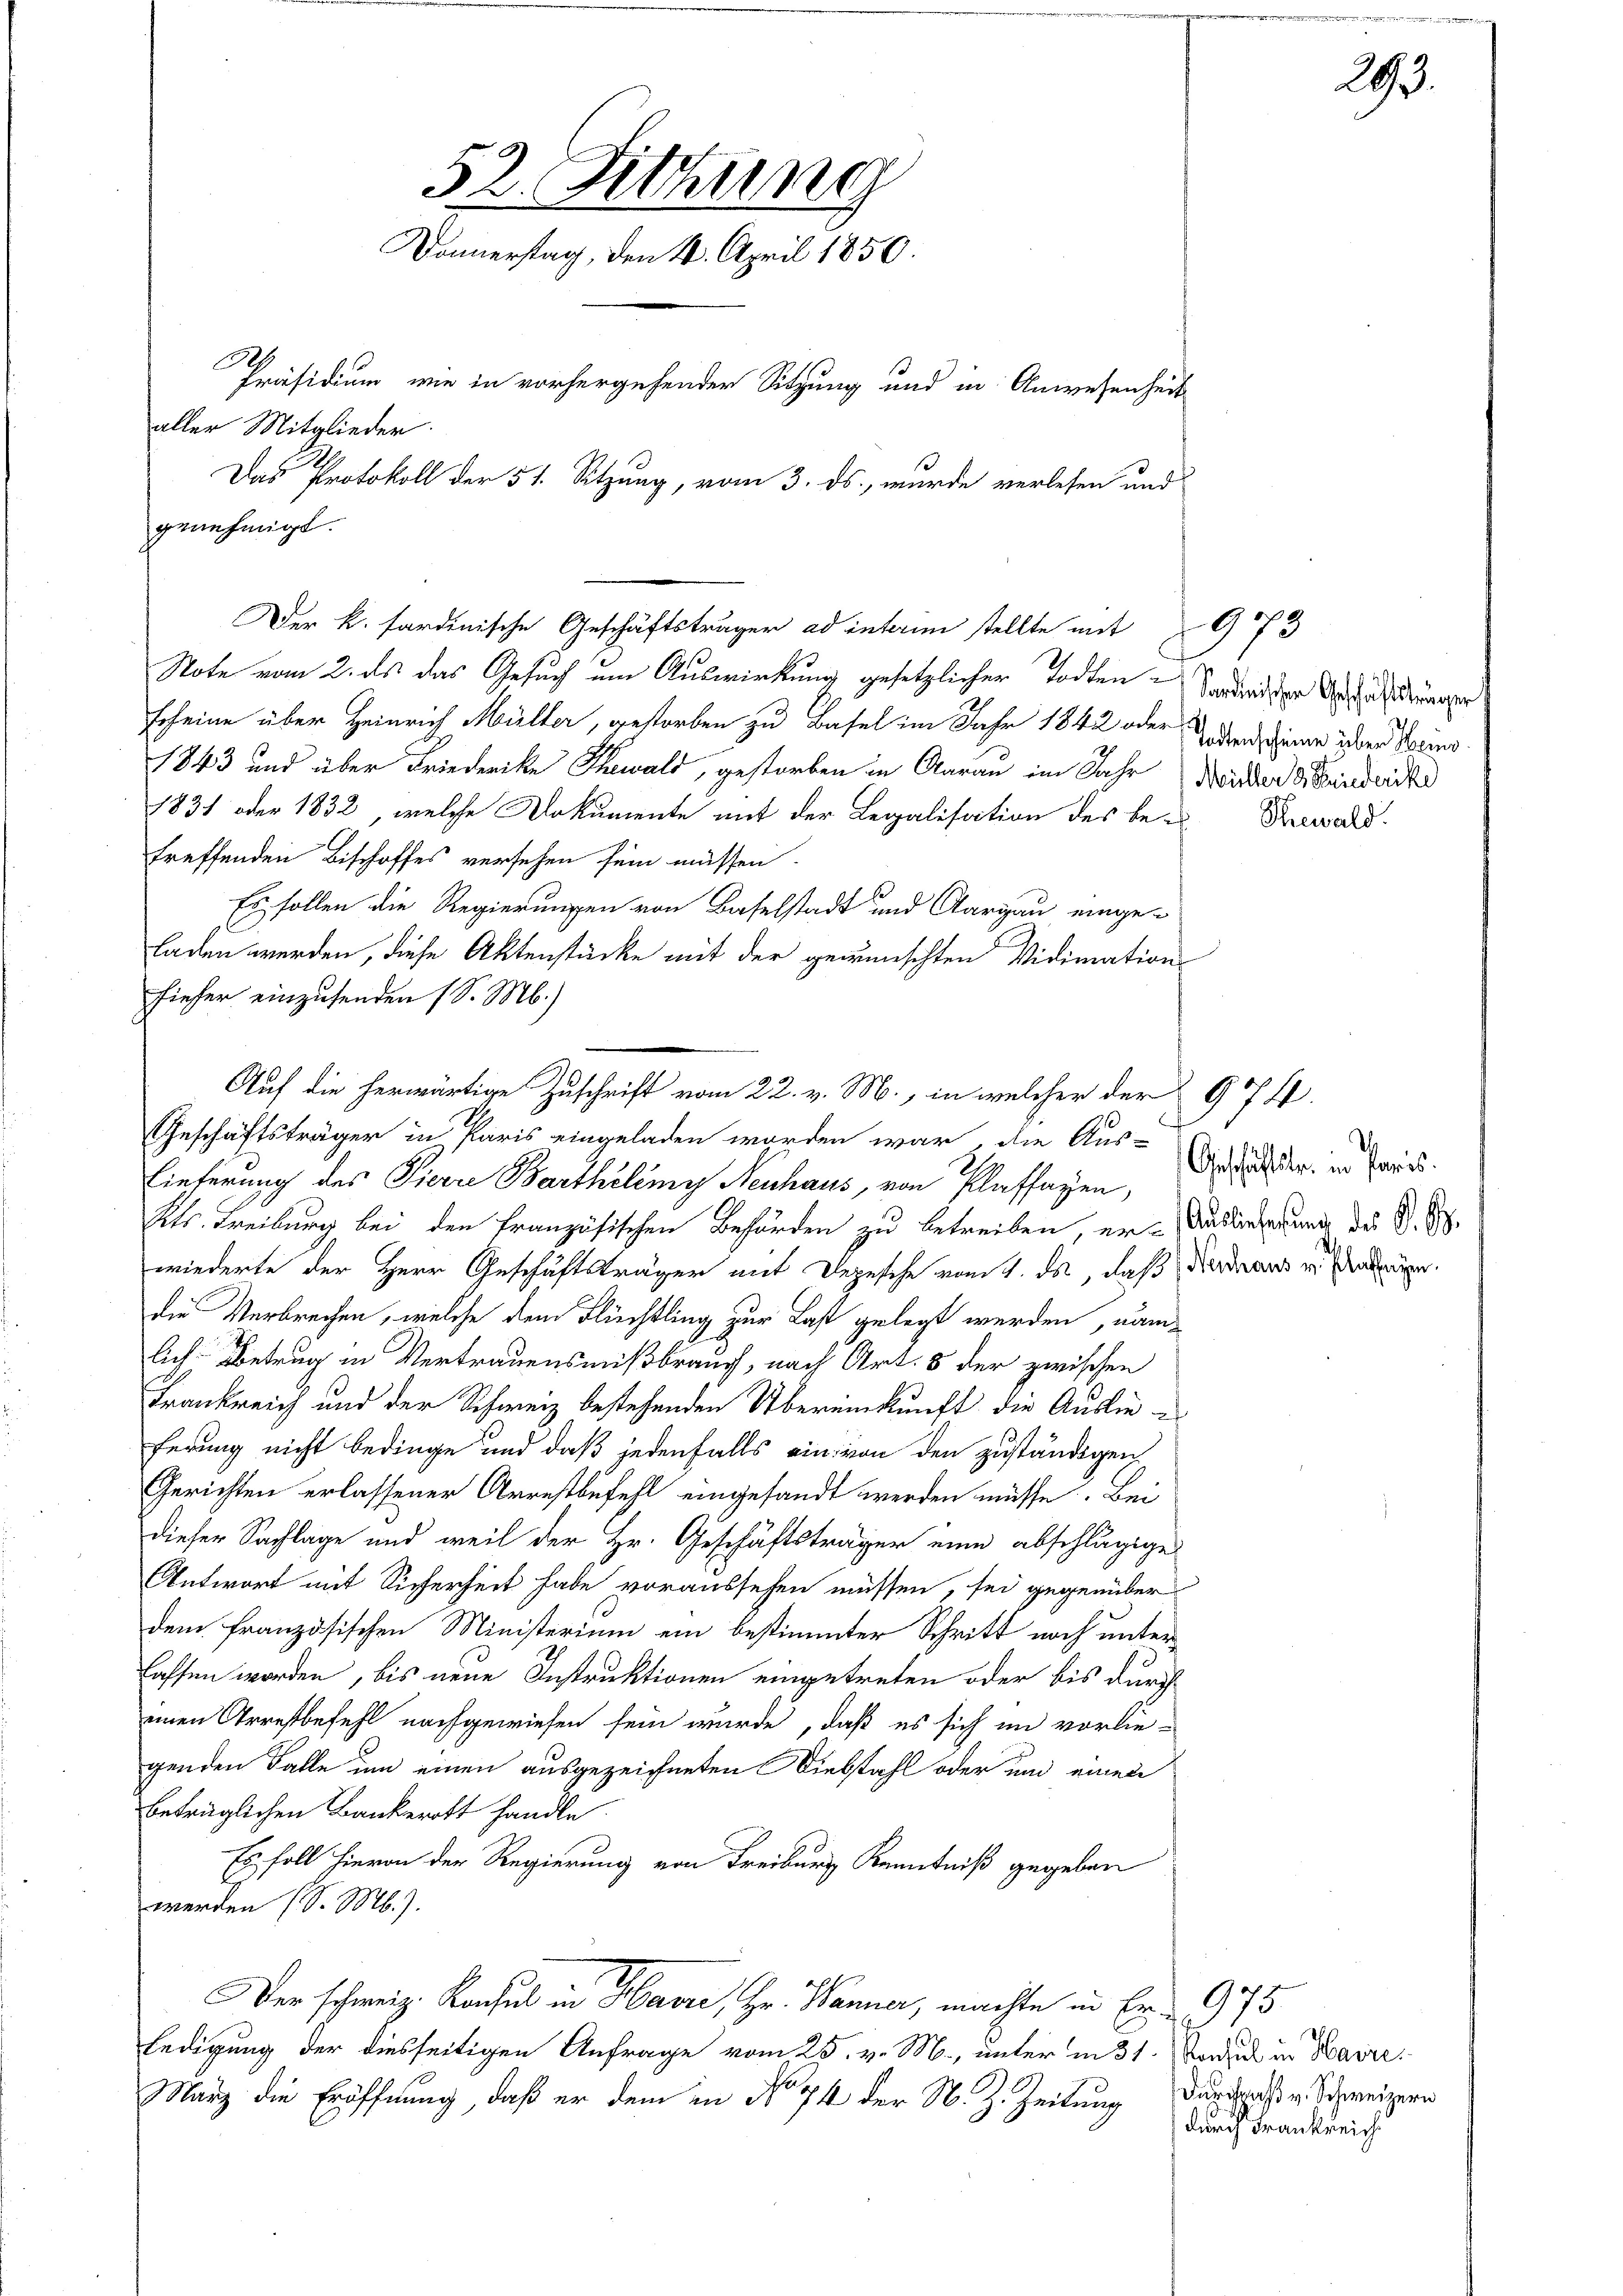
.
genehmigt.

52. Sitzung
Donnerstag, den 4. April 1850.
Präsidium, wie in vorhergehender Sitzung und in Anwesenheit
aller Mitglieder
Das Protokoll der 51. Sitzung, vom 3. ds., wurde verlesen und

Note vom 2. ds das Gesuch um Auswirkung gesetzlicher Todten-
Escheine über Heinrich Müller, gestorben zu Basel im Jahr 1842 oder den seiner über Bodens¬
1843 und über Friederike Thawald, gestorben in Aarau im Jahr
1831 oder 1832, welche Dokumente mit der Legalisation des be- Seewald
treffenden Bischoffes versehen sein müssen.
Es sollen die Regierungen von Baselstadt und Aargau eingeladen werden, diese Aktenstücke mit der gewünschten Vidimation
fieher einzusenden (S. M.)
Eieferung des Pierre Barthilemy Neuhaus, von Plaffagen,
Kts. Treiburg bei den Französischen Behörden zu betreiben, er-Auslieferung des S. S.
wiederte der Herr Geschäftsträger mit Depesche vom 1. ds, daß der draus v. Ander
die Verbrechen, welche dem Flüchtling zur Last gelegt werden, nämlich Betrug in Vertrauensmißbrauch, nach Art. 5 der zwischen
Frankreich und der Schweiz bestehenden Übereinkunft die Auslieferung nicht bedinge und daß jedenfalls ein von den zuständigen
Gerichten erlassener Arrestbefehl eingesandt werden müsse. Bei
dieser Sachlage und weil der Hr. Geschäftsträger eine abschlägige
Antwort mit Sicherheit habe voraussehen müssen, sei gegenüber
dem französischen Ministerium ein bestimmter Schritt noch unterlassen worden, bis neue Instruktionen eingetreten oder bis durch
einen Arrestbefehl nachgewiesen sein wurde, daß es sich im vorlie-
genden Falle um einen ausgezeichneten Diebstahl oder und einen
beträglichen Bankerott handle.
Es soll hievon der Regierung von Freiburg Kenntniß gegeben
werden (S. M.).
Der schweiz. Konsul in Havre, Hr. Manner, machte in Er.  975
ledigung der diesseitigen Anfrage vom 25. v. M., unter in 31. Stadt in Harri¬
März die Eröffnung, daß er dem in No 74 der N. Z. Zeitung durchgass v. Schweizern

Der k. sardinische Geschäftsträger ad interim stellte mit 973

Auf die herwärtige Zuschrift vom 22. v. M., in welcher der 974
Geschäftsträger in Paris eingeladen worden war, die Aus-

293.

Sardinischen Geschäftsträger
Müller 3 Seiderike

Geschäftstr. in Paris.

durch Frankreich